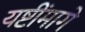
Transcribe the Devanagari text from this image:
यष्टींमागे